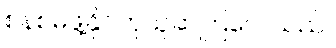
စနစ်မဖွဲ့နိုင်ဟုယူဆကြလေသည်။